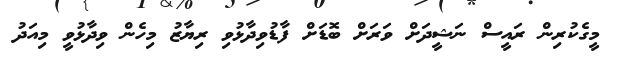
މީގެކުރިން ރައީސް ނަޝީދަށް ވަރަށް ބޮޑަށް ފާޑުވިދާޅުވި ރިޔާޒު މިހެން ވިދާޅުވީ މިއަދު